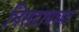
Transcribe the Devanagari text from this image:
निसटायच्या